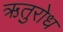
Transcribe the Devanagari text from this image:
ऋतुरोध